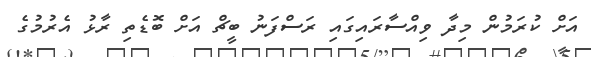
އަށް ކުރަމުން މިދާ ވިއްސާރައިގައި ރަސްފަނު ބީޗް އަށް ބޮޑެތި ރާޅު އެރުމުގެ